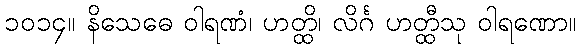
၁၀၁၄။ နိသေဓေ ဝါရဏံ၊ ဟတ္ထိ၊ လိင်္ဂ ဟတ္ထီသု ဝါရဏော။